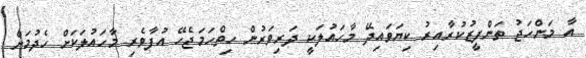
އާ މަންހަޖު ތަންފީޒުކުރާއިރު ކިޔަވައިދޭ މާހައުލަކީ ދަރިވަރުން ހިތްހަމަޖެހޭ އުފާވެރި މާހައުލަކަށް ހެދުމަށް